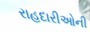
રાહદારીઓની